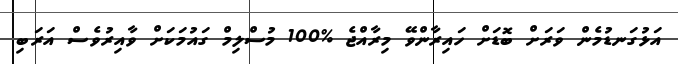
އަޅުގަނޑުމެން ވަރަށް ބޮޑަށް ހައިރާންވޭ މިރާއްޖެ %100 މުސްލިމް ގައުމަކަށް ވާއިރުވެސް އަަރަބި